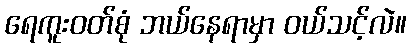
ရေကူးဝတ်စုံ ဘယ်နေရာမှာ ဝယ်သင့်လဲ။